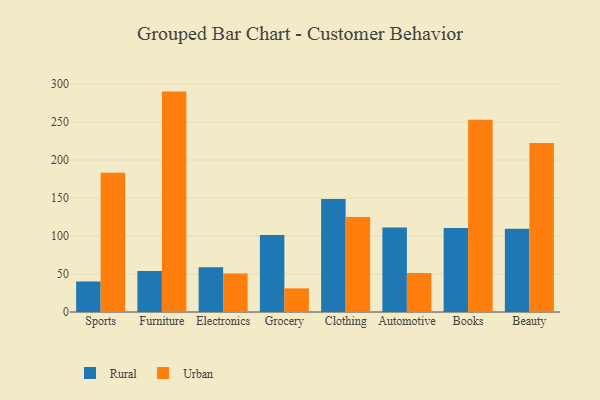
{"axis": {"x": "Category", "y": "Inventory Turnover"}, "legend": ["Rural", "Urban"], "data": [{"x": "Sports", "y": 40.2, "type": "Rural"}, {"x": "Sports", "y": 183.3, "type": "Urban"}, {"x": "Furniture", "y": 53.9, "type": "Rural"}, {"x": "Furniture", "y": 290.1, "type": "Urban"}, {"x": "Electronics", "y": 58.8, "type": "Rural"}, {"x": "Electronics", "y": 50.8, "type": "Urban"}, {"x": "Grocery", "y": 101.3, "type": "Rural"}, {"x": "Grocery", "y": 31.1, "type": "Urban"}, {"x": "Clothing", "y": 148.9, "type": "Rural"}, {"x": "Clothing", "y": 125.2, "type": "Urban"}, {"x": "Automotive", "y": 111.2, "type": "Rural"}, {"x": "Automotive", "y": 51.2, "type": "Urban"}, {"x": "Books", "y": 110.7, "type": "Rural"}, {"x": "Books", "y": 253.2, "type": "Urban"}, {"x": "Beauty", "y": 109.6, "type": "Rural"}, {"x": "Beauty", "y": 222.4, "type": "Urban"}]}